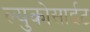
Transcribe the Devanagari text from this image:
ल्युकोसाईट